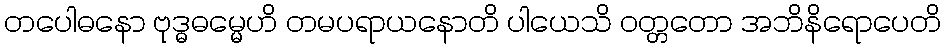
တပေါဓနော ဗုဒ္ဓဓမ္မေဟိ တမပရာယနောတိ ပါယေသိ ဝတ္တတော အဘိနိရောပေတိ